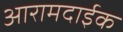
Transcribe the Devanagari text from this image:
आरामदाईक